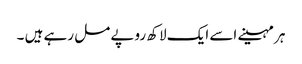
ہر مہینے اسے ایک لاکھ روپے مل رہے ہیں ۔